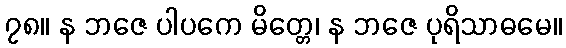
၇၈။ န ဘဇေ ပါပကေ မိတ္တေ၊ န ဘဇေ ပုရိသာဓမေ။